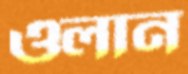
ওলান